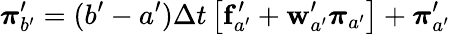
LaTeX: \boldsymbol{\pi}_{b^{\prime}}^{\prime}=(b^{\prime}-a^{\prime})\Delta t{}\left[\mathbf{f}_{a^{\prime}}^{\prime}+\mathbf{w}_{a^{\prime}}^{\prime}\boldsymbol{\pi}_{a^{\prime}}\right]+\boldsymbol{\pi}_{a^{\prime}}^{\prime}